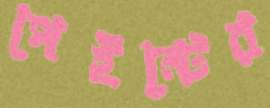
পেইন্টের